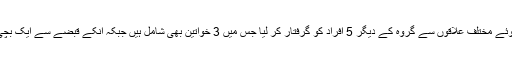
پولیس نے کاروائی کرتے ہوئے مختلف علاقوں سے گروہ کے دیگر 5 افراد کو گرفتار کر لیا جس میں 3 خواتین بھی شامل ہیں جبکہ انکے قبضے سے ایک بچی کو بھی بازیاب کرا لیا گیا۔